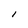
Character: I